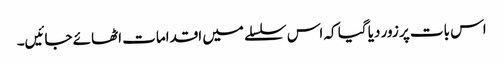
اس بات پر زور دیا گیا کہ اس سلسلے میں اقدامات اٹھائے جائیں۔